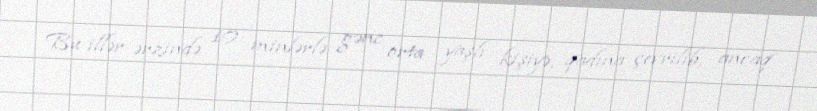
Bu illər ərzində 10 minlərlə gənc orta yaşlı kişiyə, qadına çevrilib, ancaq